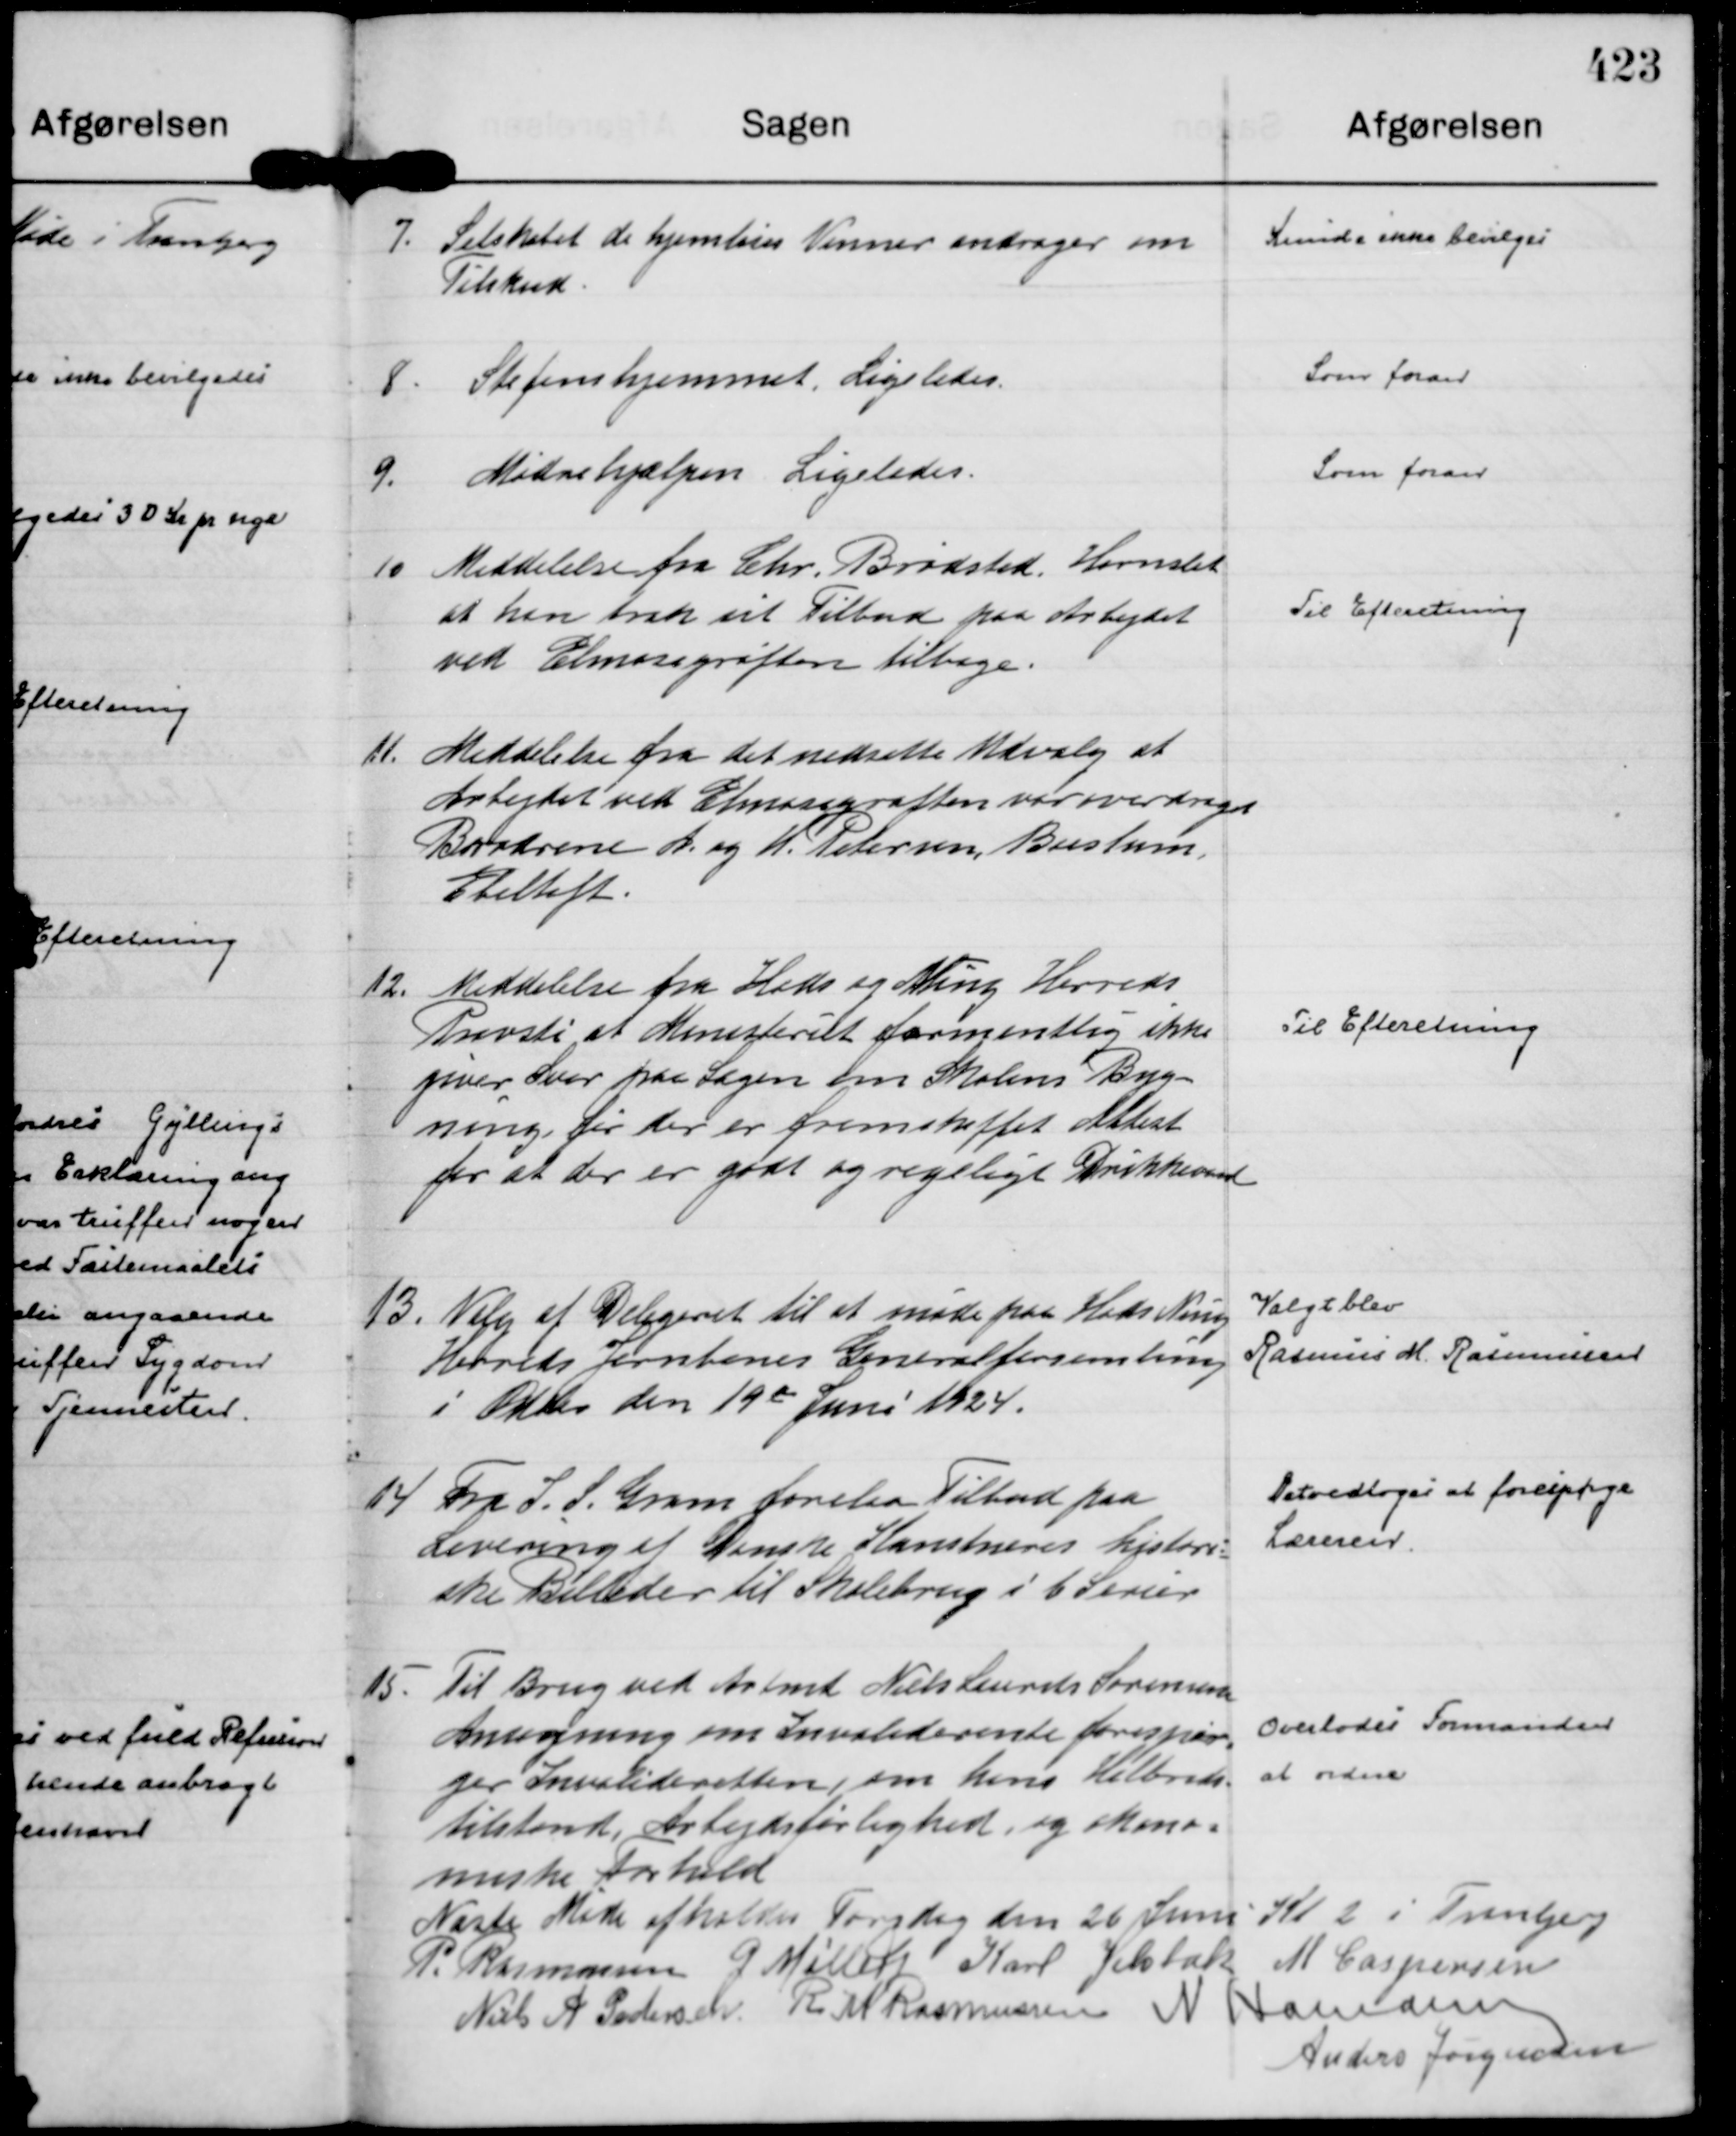
Transskription:
7.
Selskabet de hjemløses Venner andrager om
Tilskud.

Kunde ikke bevilges

8.
Stefanshjemmet, Ligeledes.

Som foran

9.
Mødrehjælpen Ligeledes.

Som foran

10
Meddelelse fra Chr. Brødsted, Hornslet
at han trak sit Tilbud paa Arbejdet
ved Elmosegrøften tilbage.

Til Efteretning

11.
Meddelelse fra det nedsatte Udvalg at
Arbejdet ved Elmosegrøften var overdraget
Brødrene A. og N. Petersen, Boeslum,
Ebeltoft.

12.
Meddelelse fra Hads og Ning Herreds
Provsti at Ministeriet formentlig ikke
giver Svar paa Sagen om Skolens Byg=
ning før der er fremskaffet Attest
for at der er godt og rigeligt Drikkevand

Til Efteretning

13.
Valg af Delegeret til at møde paa Hads Ning
Herreds Jernbanes Generalforsamling
i Odder den 19 de Juni 1924.

Valgt blev
Rasmus M. Rasmussen

14
Fra L. S. Gram forelaa Tilbud paa 
Levering af Danske Kunstneres histori=
ske Billeder til Skolebrug i 6 Serier

Det vedtoges at forespørge
Læreren.

15.
Til Brug ved Arbmd Niels Laurits Sørensens
Ansøgning om Invaliderente forespør=
ger Invalideretten, om hans Helbreds= 
tilstand, Arbejdsløshed, og økono=
miske Forhold

Overlodes Formanden
at ordne

Næste Møde afholdes den 26 Juni Kl 2 i Tranbjerg
P. Rasmussen
G Møller
Karl Jelsbak
M Caspersen
Niels A Pedersen
R M Rasmussen
N Hamann
Anders Jørgensen